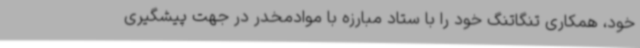
خود، همکاری تنگاتنگ خود را با ستاد مبارزه با موادمخدر در جهت پیشگیری